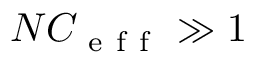
N C _ { \mathrm { ~ e ~ f ~ f ~ } } \gg 1